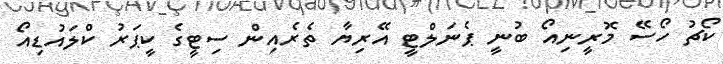
ކޯޗު ހޯސޭ މޮރީނިއޯ ބުނީ ޕެނަލްޓީ އޭރިޔާ ތެރެއިން ސިޓީގެ ކީޕަރު ކްލައުޑިއޯ